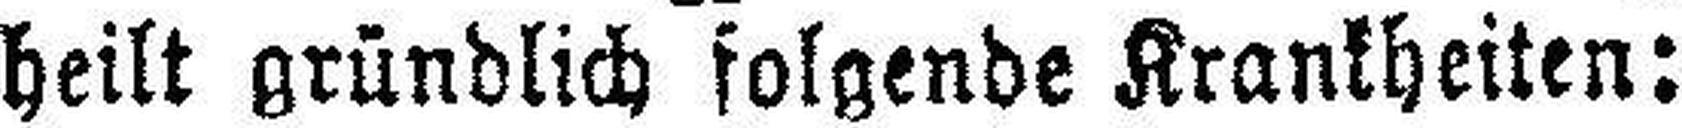
heilt gründlich folgende Krankheiten: